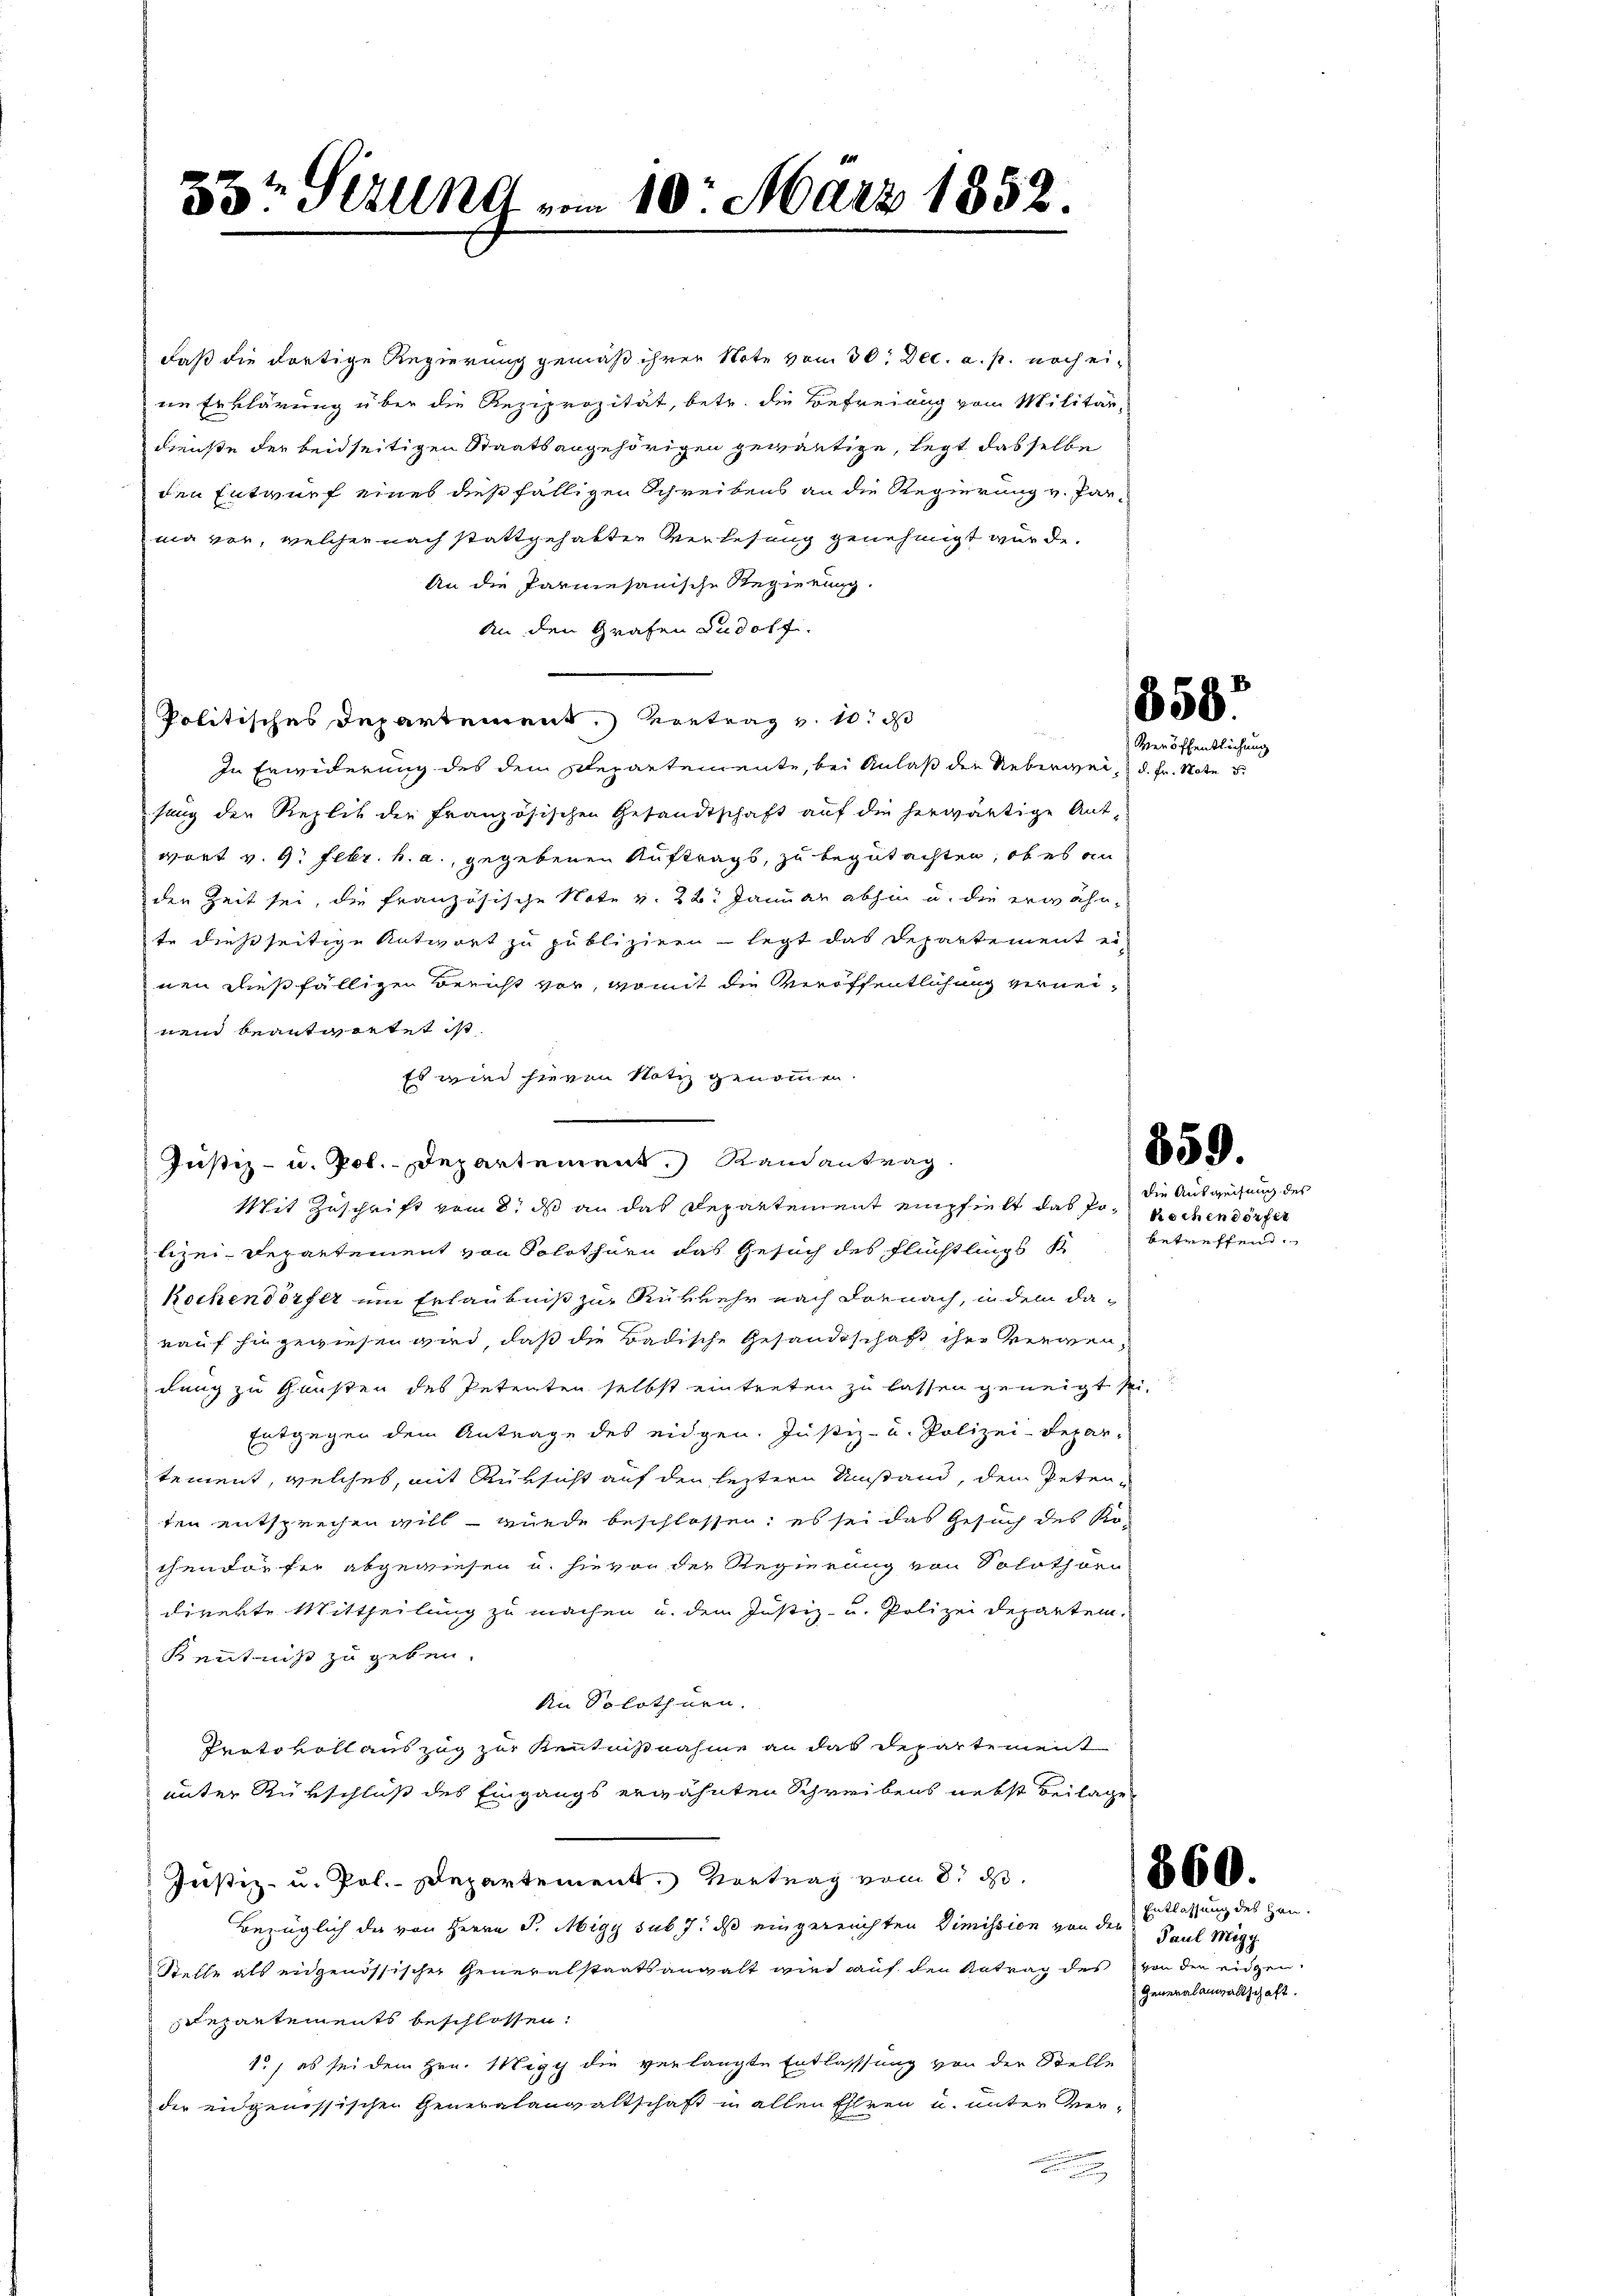
334 Sirung vom 10. März 1852.

daß die dortige Regierung gemäß ihrer Note vom 30. Dec. a. p. noch eine Erklärung über die Reziprozität, betr. die Befreiung vom Militär-
dienste der beidseitigen Staatsangehörigen gewärtige, legt dasselbe
den Entwurf eines dießfälligen Schreibens an die Regierung v. Par-
nia vor, welcher nach stattgehabten Verlesung genehmigt wurde.
An die Parmesanische Regierung.
An den Grafen Rudolf.
Politisches Departement.) Vortrag v. 10. d
In Erwiderung des dem Departemente, bei Anlaß die Ueberweisung der Replik der Französischen Gesandtschaft auf die herwärtige Ant-
wort v. 9. Febr. h. a., gegebenen Auftrags, zu begutachten, ob es an
den Zeit sei, die französische Note v. 22. Januar abhin u. die erwähnte dießseitige Antwort zu publiziren - legt das Departement es
nen dießfälligen Bericht vor, womit die Veröffentlichung verneinem beantretet ist
Es wird hievon Notiz genommen.
Justiz- u. Pol. Departement.) Randantrag.
Mit Zuschrift vom 8. ds an das Departement empfielt das Polizei-Departement von Solothurn das Gesuch des Flüchtlings S
kochendorfer um Erlaubniß zur Rükkehr nach Dornach, in dem darauf hingewiesen wird, daß die Badische Gesandtschaft ihre verwendung zu Gunsten des Petenten selbst eintreten zu lassen geneigt sei.
Entgegen dem Antrage des eidgen. Justiz- u. Polizei-Depar-
tement, welches, mit Rüksicht auf den leztern Umstand, dem Peten-
ten entsprechen will – wurde beschlossen; es sei das Gesuch des Ko-
chen dörfer abgewiesen u. hievon der Regierung von Solothörn
diverte Mittheilung zu machen u. dem Justiz- u. Polizei departem¬
Kenntniß zu geben.
An Solothurn.
Protokoll auszug zur Kenntnißnahme an das Departement
unter Rükschluß des Eingangs erwähnten Schreibens nebst Beilage
Justiz- u. Pol.- Departement. Vertrag vom 8. ds.
Bezüglich das von Herrn P. Migy sub 7. ds eingereichten Dimission von den Erblassung des Han-
Stelle als eidgenössischer Generalstaatsanwalt wird auf den Antrag des von der eidgen
Repartements beschlossen:
1) es sei dem Hrn. Migg die verlangte Entlassung von der Stelle
dee eidgenössischen Generalangaltschaft in allen Ehren u. unter Ver¬

358.
Veröffentlichung
d. Fr. Mate 3.

859.

die Ausweisung des
kochen dörfer
betreffend.

860.

Paul Migg.
Generalanwaltschaft.